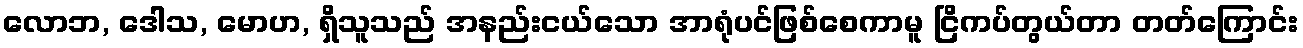
လောဘ, ဒေါသ, မောဟ, ရှိသူသည် အနည်းငယ်သော အာရုံပင်ဖြစ်စေကာမူ ငြိကပ်တွယ်တာ တတ်ကြောင်း